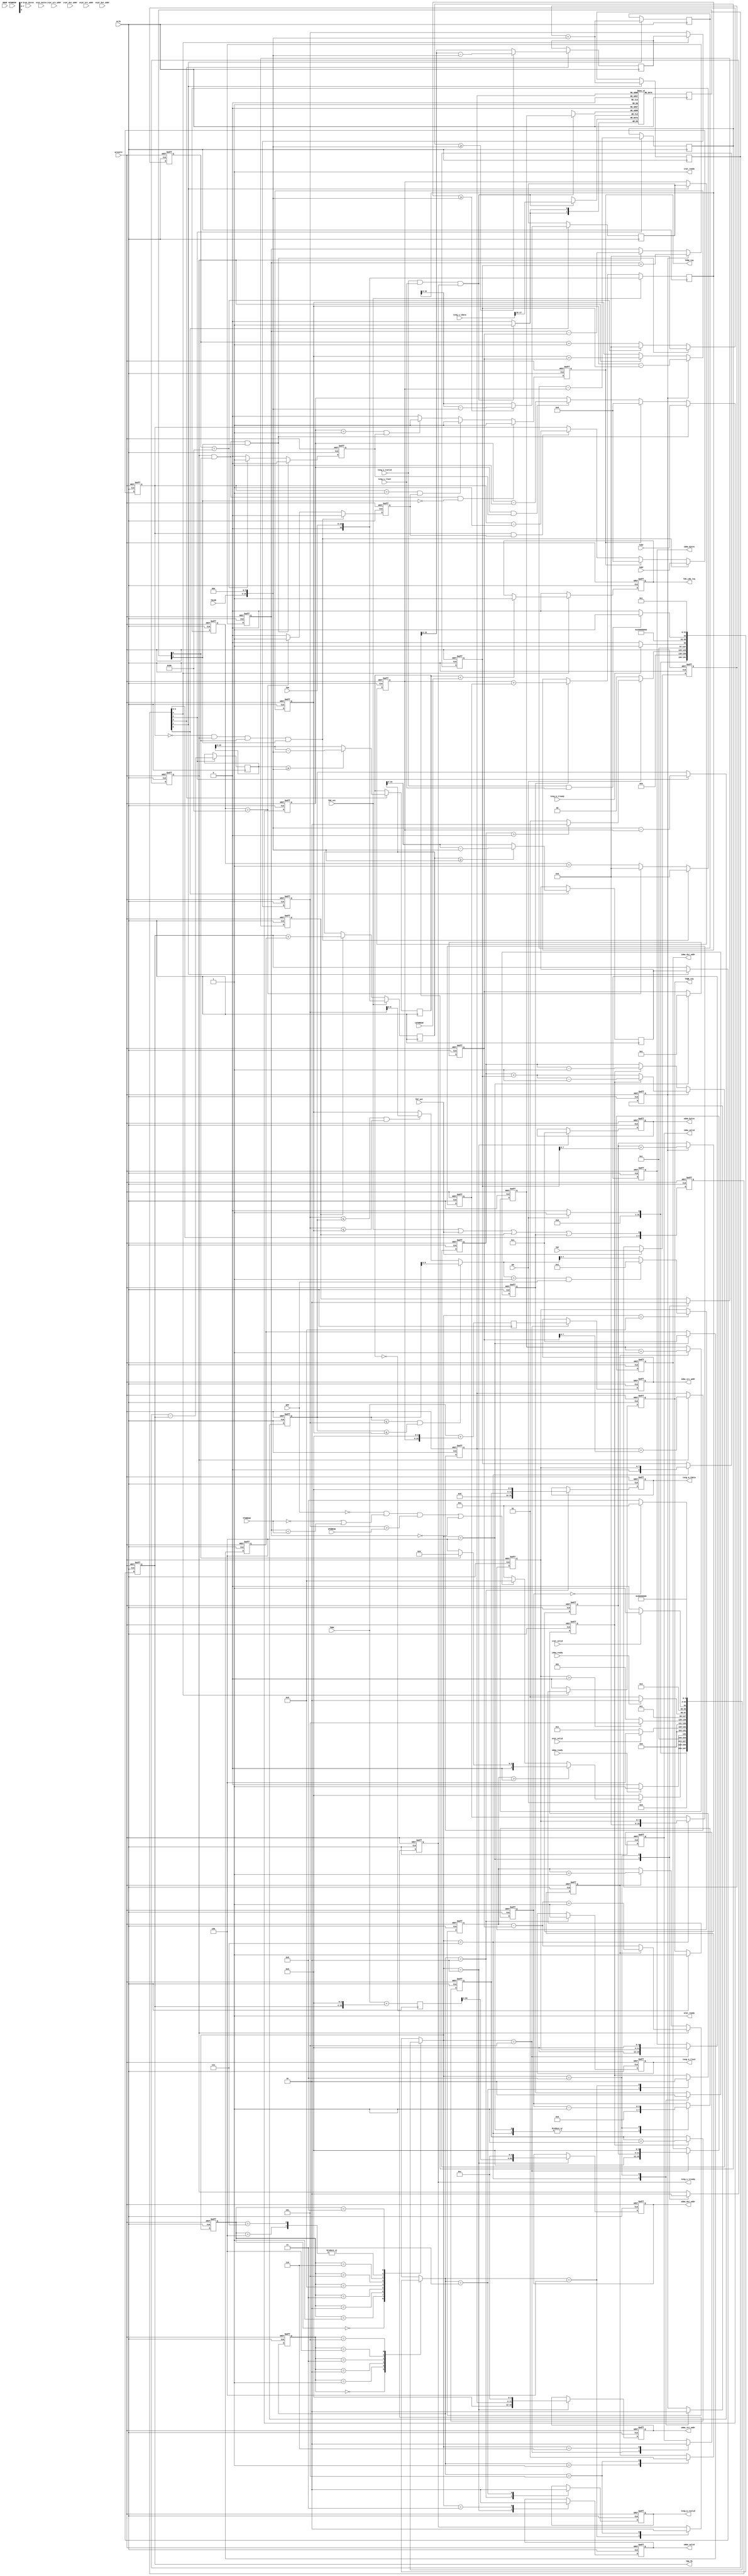
module tx_desc_ctrl(
	input aclk,
	input aresetn,

	// Parameters
	input EN, // Transmit Enable
	input [63:0] TDBA, // Transmit Descriptor Base Address
	input [12:0] TDLEN, // Transmit Descriptor Buffer length=TDLEN*16*8
	input [15:0] TDH, // Transmit Descriptor Head
	input TDH_set,
	output [15:0] TDH_fb,
	input [15:0] TDT, // Transmit Descriptor Tail
	input TDT_set,
	input [15:0] TIDV, // Interrupt Delay
	input DPP, // Disable Packet Prefetching
	input [5:0] PTHRESH, // Prefetch Threshold
	input [5:0] HTHRESH, // Host Threshold
	input [5:0] WTHRESH, // Write Back Threshold
	input GRAN, // Granularity. FIXME: not implemented
	input [5:0] LWTHRESH, // Tx Desc Low Threshold
	input [15:0] TADV, // Absolute Interrupt Delay
	output reg TXDW_req,
	output reg TXQE_req,
	output reg TXD_LOW_req,

	// Input DMA command port
	output reg [63:0] idma_src_addr,
	output reg [15:0] idma_dst_addr,
	output reg [15:0] idma_bytes,
	output reg idma_valid,
	input	idma_ready,

	// Input DMA report port
	input [63:0] irpt_src_addr,
	input [15:0] irpt_dst_addr,
	input [15:0] irpt_bytes,
	input irpt_valid,
	output irpt_ready,

	// Output DMA command port
	output reg [15:0] odma_src_addr,
	output reg [63:0] odma_dst_addr,
	output reg [15:0] odma_bytes,
	output reg odma_valid,
	input	odma_ready,

	// Output DMA report port
	input [15:0] orpt_src_addr,
	input [63:0] orpt_dst_addr,
	input [15:0] orpt_bytes,
	input orpt_valid,
	output orpt_ready,

	// tx engine command port
	// [31:16]=RSV, [15:0]=Local Address
	output reg [31:0] teng_m_tdata,
	output reg teng_m_tvalid,
	output reg teng_m_tlast,
	input teng_m_tready,

	// tx engine response port
	// [17]=IDE, [16]=RS, [15:0]=Local Address
	input [31:0] teng_s_tdata,
	input teng_s_tvalid,
	input teng_s_tlast,
	output reg teng_s_tready
);

parameter DESC_RAM_DWORDS = 1024;
parameter CLK_PERIOD_NS = 8;

function integer clogb2 (input integer size);
begin
	size = size - 1;
	for (clogb2=1; size>1; clogb2=clogb2+1)
		size = size >> 1;
end
endfunction

localparam CYCLES_1024NS = 1024/CLK_PERIOD_NS;
localparam DESC_MAX_NUM = DESC_RAM_DWORDS/4;
localparam DESC_NUM_BITS = clogb2(DESC_MAX_NUM);

// Flag memory for RS and IDE
reg [1:0] flag_mem[0:DESC_MAX_NUM-1];
reg [1:0] flag_current;
reg [3:0] delay_cnt;

wire flag_report_status;
wire flag_delay_interrupt;

// Host addresses
reg [63:0] host_wb_address;
reg [63:0] host_rd_address;

// Local addresses
wire [15:0] local_wb_address;
wire [15:0] local_rd_address;
wire [15:0] local_teng_address;

reg [7:0] fetch_num;
reg [8:0] fetch_num_s1;
reg [7:0] fetch_num_s2;
wire [11:0] fetch_bytes;

// Descriptor queues, first-in-first-out
// "tail" points to latest enqueued data
// "head" points to oldest data

// Host Queue
// Stores TX Descriptors in host memory
reg [15:0] host_head;
reg [15:0] host_curr;
reg [15:0] host_tail;
reg [15:0] host_pending;
reg [15:0] host_fresh;
reg [15:0] host_deq_incr;
reg host_dequeue;
reg [15:0] host_fwd_incr;
reg host_forward;
wire [15:0] host_length;
reg [15:0] host_limit;

// Input Queue
// Stores TX Descriptors in local memory but not submitted to TX engine
reg [DESC_NUM_BITS-1:0] in_head;
reg [DESC_NUM_BITS-1:0] in_tail;
reg [DESC_NUM_BITS:0] in_num;
reg [DESC_NUM_BITS:0] in_enq_incr;
reg in_enqueue;
reg in_dequeue;

// Output Queue
// Stores TX Descriptors in local memory that finished TX process
reg [DESC_NUM_BITS-1:0] out_head;
reg [DESC_NUM_BITS-1:0] out_tail;
reg [DESC_NUM_BITS:0] out_num;
reg [DESC_NUM_BITS:0] out_deq_incr;
reg out_enqueue;
reg out_dequeue;

// Overall local descriptors
reg [DESC_NUM_BITS:0] local_pending;
reg [DESC_NUM_BITS:0] local_available;

// Temporary variables for calculating host pointers
reg [4:0] host_calc_stage;
reg [16:0] host_head_n0;
reg [15:0] host_head_n1;
reg [16:0] host_curr_n0;
reg [15:0] host_curr_n1;
reg [16:0] host_pending_n0;
reg [16:0] host_pending_n1;
reg [15:0] host_pending_n2;
reg [16:0] host_fresh_n0;
reg [16:0] host_fresh_n1;
reg [15:0] host_fresh_n2;

// timers
reg [7:0] delay_prescale;
reg delay_tick;
reg [15:0] delay_timer;

reg [7:0] absolute_prescale;
reg absolute_tick;
reg [15:0] absolute_timer;

integer s1, s1_next;
integer s2, s2_next;

localparam S1_IDLE=0, S1_READY=1, S1_WRITE_BACK_0=2, S1_WRITE_BACK_ACK=3, 
	S1_DEQUEUE=4, S1_FETCH_0=5, S1_FETCH_ACK=6, S1_ENQUQUE=7, S1_DELAY=8,
	S1_SET_SIZE=9;

localparam S2_IDLE=0, S2_READY=1, S2_CMD=2, S2_DEQUEUE=3, S2_ACK=4, S2_ENQUEUE=5;

always @(posedge aclk)
	flag_current <= flag_mem[out_head];

assign flag_report_status = flag_current[0];
assign flag_delay_interrupt = flag_current[1];
assign fetch_bytes = {fetch_num,4'h0};


assign local_wb_address = {16'b0, out_head, 4'b0};
assign local_rd_address = {16'b0, in_tail, 4'b0};
assign local_teng_address = {16'b0, in_head, 4'b0};

assign host_length = {TDLEN, 3'b0};

assign irpt_ready = 1'b1;
assign orpt_ready = 1'b1;

always @(posedge aclk)
begin
	if(teng_s_tvalid && teng_s_tlast && teng_s_tready)
		flag_mem[out_tail] <= teng_s_tdata[17:16];
end

always @(posedge aclk, negedge aresetn)
begin
	if(!aresetn) begin
		host_calc_stage <= 'b0;
	end
	else begin
		host_calc_stage <= {host_calc_stage,(TDH_set|TDT_set|host_dequeue|host_forward)};
	end
end

always @(posedge aclk)
begin
	if(TDH_set) begin
		host_head_n0 <= TDH;
	end
	else if(host_dequeue) begin
		host_head_n0 <= host_head + host_deq_incr;
	end

	if(host_calc_stage[0]) begin
		if(host_head_n0 >= host_length)
			host_head_n1 <= host_head_n0 - host_length;
		else
			host_head_n1 <= host_head_n0;
	end
end

always @(posedge aclk, negedge aresetn)
begin
	if(!aresetn) begin
		host_head <= 'b0;
	end
	else if(host_calc_stage[1]) begin
		host_head <= host_head_n1;
	end
end
assign TDH_fb = host_head;

always @(posedge aclk)
begin
	if(TDH_set) begin
		host_curr_n0 <= TDH;
	end
	else if(host_forward) begin
		host_curr_n0 <= host_curr + host_fwd_incr;
	end

	if(host_calc_stage[0]) begin
		if(host_curr_n0 >= host_length)
			host_curr_n1 <= host_curr_n0 - host_length;
		else
			host_curr_n1 <= host_curr_n0;
	end
end

always @(posedge aclk, negedge aresetn)
begin
	if(!aresetn) begin
		host_curr <= 'b0;
	end
	else if(host_calc_stage[1]) begin
		host_curr <= host_curr_n1;
	end
end

always @(posedge aclk, negedge aresetn)
begin
	if(!aresetn) begin
		host_tail <= 'b0;
	end
	else if(TDT_set) begin
		host_tail <= TDT;
	end
end

always @(posedge aclk)
begin
	if(host_calc_stage[1]) begin
		host_pending_n0 <= host_tail + host_length;
	end

	if(host_calc_stage[2]) begin
		host_pending_n1 <= host_pending_n0 - host_head;
	end

	if(host_calc_stage[3]) begin
		if(host_pending_n1 >= host_length)
			host_pending_n2 <= host_pending_n1 - host_length;
		else
			host_pending_n2 <= host_pending_n1;
	end
end

always @(posedge aclk, negedge aresetn)
begin
	if(!aresetn) begin
		host_pending <= 'b0;
	end
	else if(host_calc_stage[4]) begin
		host_pending <= host_pending_n2;
	end
end

always @(posedge aclk)
begin
	if(host_calc_stage[1]) begin
		host_fresh_n0 <= host_tail + host_length;
	end

	if(host_calc_stage[2]) begin
		host_fresh_n1 <= host_fresh_n0 - host_curr;
	end

	if(host_calc_stage[3]) begin
		if(host_fresh_n1 >= host_length)
			host_fresh_n2 <= host_fresh_n1 - host_length;
		else
			host_fresh_n2 <= host_fresh_n1;
	end
end

always @(posedge aclk, negedge aresetn)
begin
	if(!aresetn) begin
		host_fresh <= 'b0;
	end
	else if(host_calc_stage[4]) begin
		host_fresh <= host_fresh_n2;
	end
end

always @(posedge aclk, negedge aresetn)
begin
	if(!aresetn) begin
		host_limit <= 'b0;
	end
	else if(host_calc_stage[2]) begin
		host_limit <= host_length - host_curr;
	end
end

always @(posedge aclk, negedge aresetn)
begin
	if(!aresetn) begin
		in_tail <= 'b0;
	end
	else if(in_enqueue) begin
		in_tail <= in_tail + in_enq_incr;
	end
end

always @(posedge aclk, negedge aresetn)
begin
	if(!aresetn) begin
		in_head <= 'b0;
	end
	else if(in_dequeue) begin
		in_head <= in_head + 1;
	end
end

always @(posedge aclk, negedge aresetn)
begin
	if(!aresetn) begin
		in_num <= 0;
	end
	else if(in_enqueue) begin
		if(in_dequeue) 
			in_num <= in_num + in_enq_incr - 1;
		else
			in_num <= in_num + in_enq_incr;
	end
	else if(in_dequeue) begin
		in_num <= in_num-1;
	end
end

always @(posedge aclk, negedge aresetn)
begin
	if(!aresetn) begin
		out_tail <= 'b0;
	end
	else if(out_enqueue) begin
		out_tail <= out_tail + 1;
	end
end

always @(posedge aclk, negedge aresetn)
begin
	if(!aresetn) begin
		out_head <= 'b0;
	end
	else if(out_dequeue) begin
		out_head <= out_head + out_deq_incr;
	end
end

always @(posedge aclk, negedge aresetn)
begin
	if(!aresetn) begin
		out_num <= 0;
	end
	else if(out_dequeue) begin
		if(out_enqueue) 
			out_num <= out_num - out_deq_incr + 1;
		else
			out_num <= out_num - out_deq_incr;
	end
	else if(out_enqueue) begin
		out_num <= out_num+1;
	end
end

always @(posedge aclk, negedge aresetn)
begin
	if(!aresetn) begin
		local_pending <= 0;
		local_available <= DESC_MAX_NUM;
	end
	else if(in_enqueue) begin
		local_pending <= local_pending+in_enq_incr;
		local_available <= local_available-in_enq_incr;
	end
	else if(out_dequeue) begin
		local_pending <= local_pending-out_deq_incr;
		local_available <= local_available+out_deq_incr;
	end
end

always @(posedge aclk, negedge aresetn)
begin
	if(!aresetn) begin
		delay_prescale <= 'b0;
		delay_tick <= 1'b0;
	end
	else if(out_dequeue && flag_report_status && flag_delay_interrupt) begin
		delay_prescale <= 'b0;
		delay_tick <= 1'b0;
	end
	else if(delay_prescale==CYCLES_1024NS) begin
		delay_prescale <= 'b0;
		delay_tick <= 1'b1;
	end
	else begin
		delay_prescale <= delay_prescale+1;
		delay_tick <= 1'b0;
	end
end

// Delayed interrupt timer 
always @(posedge aclk, negedge aresetn)
begin
	if(!aresetn) begin
		delay_timer <= 0;
	end
	else if(out_dequeue && flag_report_status && flag_delay_interrupt) begin
		// reload timer each write-back
		delay_timer <= TIDV;
	end
	else if(TXDW_req) begin
		// If interrupt trigered, clear timer to avoid redundant interrupt
		delay_timer <= 0;
	end
	else if(delay_timer && delay_tick) begin
		delay_timer <= delay_timer-1;
	end
end

always @(posedge aclk, negedge aresetn)
begin
	if(!aresetn) begin
		absolute_prescale <= 'b0;
		absolute_tick <= 1'b0;
	end
	else if(absolute_timer==0 && out_dequeue && flag_report_status && 
		flag_delay_interrupt) begin
		absolute_prescale <= 'b0;
		absolute_tick <= 1'b0;
	end
	else if(absolute_prescale==CYCLES_1024NS) begin
		absolute_prescale <= 'b0;
		absolute_tick <= 1'b1;
	end
	else begin
		absolute_prescale <= absolute_prescale+1;
		absolute_tick <= 1'b0;
	end
end

// Absolute interrupt timer
always @(posedge aclk, negedge aresetn)
begin
	if(!aresetn) begin
		absolute_timer <= 0;
	end
	else if(absolute_timer==0 && out_dequeue && flag_report_status && 
		flag_delay_interrupt) begin
		// reload timer on first write-back
		absolute_timer <= TADV;
	end
	else if(TXDW_req) begin
		// If interrupt trigered, clear timer to avoid redundant interrupt
		absolute_timer <= 0;
	end
	else if(absolute_timer && absolute_tick) begin
		absolute_timer <= absolute_timer-1;
	end
end

// Write-back interrupt
always @(posedge aclk, negedge aresetn)
begin
	if(!aresetn) begin
		TXDW_req <= 1'b0;
	end
	else if(out_dequeue && flag_report_status && !flag_delay_interrupt) begin
		// immedieate interrupt
		TXDW_req <= 1'b1;
	end
	else if(absolute_timer==1 && absolute_tick) begin
		// Absolute timer expired
		TXDW_req <= 1'b1;
	end
	else if(delay_timer==1 && delay_tick) begin
		// Delay timer expired
		TXDW_req <= 1'b1;
	end
	else begin
		TXDW_req <= 1'b0;
	end
end

// TXD queue interrupt
always @(posedge aclk, negedge aresetn)
begin
	if(!aresetn) begin
		TXQE_req <= 1'b0;
		TXD_LOW_req <= 1'b0;
	end
	else if(host_calc_stage[4]) begin
		if(host_pending_n2 == 0)
			TXQE_req <= 1'b1;
		if(host_pending_n2 < LWTHRESH) 
			TXD_LOW_req <= 1'b1;
	end
	else begin
		TXQE_req <= 1'b0;
		TXD_LOW_req <= 1'b0;
	end
end

/*
always @(posedge aclk, negedge aresetn)
begin
	if(!aresetn) begin
		TXQE_req <= 1'b0;
		TXD_LOW_req <= 1'b0;
	end
	else if(!(|host_calc_stage)) begin
		if(host_pending == 0)
			TXQE_req <= 1'b1;
		if(host_pending < LWTHRESH) 
			TXD_LOW_req <= 1'b1;
	end
	else begin
		TXQE_req <= 1'b0;
		TXD_LOW_req <= 1'b0;
	end
end
*/

always @(posedge aclk)
begin
	host_wb_address <= TDBA + {host_head,4'b0};
	host_rd_address <= TDBA + {host_curr,4'b0};
end

always @(*)
begin
	// Choose smallest among host_limit, host_fresh and local_available
	if(host_limit <= host_fresh && host_limit <= local_available)
		fetch_num_s1 = host_limit;
	else if(host_fresh <= host_limit && host_fresh <= local_available)
		fetch_num_s1 = host_fresh;
	else
		fetch_num_s1 = local_available;

	if(fetch_num_s1 > 1 && DPP)
		fetch_num_s2 = 1;
	else 
		fetch_num_s2 = fetch_num_s1;
end

// iDMA Command Dispatch
// Host-to-Local: if (in_num < PTHRESH && host_fresh> HTHRESH) ||
//     (DPP && local_pending == 0 && host_fresh> 0)
// Local-to-Host: if wb_num > WTHRESH || (flush_timer > TIDV && wb_num >0)

always @(posedge aclk, negedge aresetn)
begin
	if(!aresetn)
		s1 <= S1_IDLE;
	else
		s1 <= s1_next;
end

always @(*)
begin
	case(s1)
		S1_IDLE: begin
			if(EN)
				s1_next = S1_READY;
			else
				s1_next = S1_IDLE;
		end
		S1_READY: begin
			if(!EN)
				s1_next = S1_IDLE;
			else if(out_num>0)
				if(flag_report_status)
					// Dequeue and write back
					s1_next = S1_WRITE_BACK_0;
				else 
					// Dequeue no report
					s1_next = S1_DEQUEUE;
			else if((!DPP && (PTHRESH==0 || local_pending < PTHRESH) && 
					host_fresh > HTHRESH) ||
				(local_pending == 0))
				s1_next = S1_SET_SIZE;
			else
				s1_next = S1_READY;
		end
		S1_WRITE_BACK_0: begin // issue write-back DMA command
			if(odma_ready)
				s1_next = S1_WRITE_BACK_ACK;
			else
				s1_next = S1_WRITE_BACK_0;
		end
		S1_WRITE_BACK_ACK: begin
			if(orpt_valid)
				s1_next = S1_DEQUEUE;
			else
				s1_next = S1_WRITE_BACK_ACK;
		end
		S1_DEQUEUE: begin // Dequeue Descriptor
			s1_next = S1_DELAY;
		end
		S1_SET_SIZE: begin
			if(fetch_num>0)
				s1_next = S1_FETCH_0;
			else
				s1_next = S1_READY;
		end
		S1_FETCH_0: begin // Issue fetch DMA command
			if(idma_ready)
				s1_next = S1_FETCH_ACK;
			else
				s1_next = S1_FETCH_0;
		end
		S1_FETCH_ACK: begin
			if(irpt_valid && irpt_ready)
				s1_next = S1_ENQUQUE;
			else
				s1_next = S1_FETCH_ACK;
		end
		S1_ENQUQUE: begin // Enqueue Descriptor
			s1_next = S1_DELAY;
		end
		S1_DELAY: begin // Wait for pointers to update
			if(delay_cnt==0)
				s1_next = S1_READY;
			else
				s1_next = S1_DELAY;
		end
		default: begin
			s1_next = 'bx;
		end
	endcase
end

always @(posedge aclk, negedge aresetn)
begin
	if(!aresetn) begin
		idma_src_addr <= 'bx;
		idma_dst_addr <= 'bx;
		idma_bytes <= 'bx;
		idma_valid <= 1'b0;

		odma_src_addr <= 'bx;
		odma_dst_addr <= 'bx;
		odma_bytes <= 'bx;
		odma_valid <= 1'b0;

		host_dequeue <= 1'b0;
		host_deq_incr <= 1'b1;

		host_forward <= 1'b0;
		host_fwd_incr <= 'bx;

		out_dequeue <= 1'b0;
		out_deq_incr <= 1'b1;

		in_enqueue <= 1'b0;
		in_enq_incr <= 'bx;

		delay_cnt <= 'bx;
		fetch_num <= 'bx;
	end
	else case(s1_next)
		S1_IDLE: begin
		end
		S1_READY: begin
		end
		S1_WRITE_BACK_0: begin
			// iDMA Command
			// Only STA byte is updated
			odma_src_addr <= {local_wb_address[15:4],4'hC};
			odma_dst_addr <= {host_wb_address[63:4],4'hC};
			odma_bytes <= 1;
			odma_valid <= 1'b1;
		end
		S1_WRITE_BACK_ACK: begin
			odma_valid <= 1'b0;
		end
		S1_DEQUEUE: begin
			host_dequeue <= 1'b1;
			host_deq_incr <= 1'b1;
			out_dequeue <= 1'b1;
			out_deq_incr <= 1'b1;
			delay_cnt <= 5;
		end
		S1_SET_SIZE: begin
			fetch_num <= fetch_num_s2;
		end
		S1_FETCH_0: begin
			idma_src_addr <= host_rd_address;
			idma_dst_addr <= local_rd_address;
			idma_bytes <= fetch_bytes;
			idma_valid <= 1'b1;
		end
		S1_FETCH_ACK: begin
			idma_valid <= 1'b0;
		end
		S1_ENQUQUE: begin
			in_enqueue <= 1'b1;
			in_enq_incr <= fetch_num;
			host_forward <= 1'b1;
			host_fwd_incr <= fetch_num;
			delay_cnt <= 5;
		end
		S1_DELAY: begin
			in_enqueue <= 1'b0;
			host_forward <= 1'b0;
			out_dequeue <= 1'b0;
			host_dequeue <= 1'b0;
			delay_cnt <= delay_cnt-1;
		end
	endcase
end

// TX engine command dispatch

always @(posedge aclk, negedge aresetn)
begin
	if(!aresetn)
		s2 <= S2_IDLE;
	else
		s2 <= s2_next;
end

always @(*)
begin
	case(s2)
		S2_IDLE: begin
			if(EN)
				s2_next = S2_READY;
			else
				s2_next = S2_IDLE;
		end
		S2_READY: begin
			if(!EN)
				s2_next = S2_IDLE;
			else if(in_num>0)
				s2_next = S2_CMD;
			else
				s2_next = S2_READY;
		end
		S2_CMD: begin
			if(teng_m_tready)
				s2_next = S2_DEQUEUE;
			else
				s2_next = S2_CMD;
		end
		S2_DEQUEUE: begin
			s2_next = S2_ACK;
		end
		S2_ACK: begin
			if(teng_s_tvalid & teng_s_tlast)
				s2_next = S2_ENQUEUE;
			else
				s2_next = S2_ACK;
		end
		S2_ENQUEUE: begin
			s2_next = S2_READY;
		end
		default: begin
			s2_next = 'bx;
		end
	endcase
end

always @(posedge aclk, negedge aresetn)
begin
	if(!aresetn) begin
		in_dequeue <= 1'b0;
		out_enqueue <= 1'b0;
		teng_m_tdata <= 'bx;
		teng_m_tvalid <= 1'b0;
		teng_m_tlast <= 'b1;
		teng_s_tready <= 1'b0;
	end
	else case(s2_next)
		S2_IDLE: begin
		end
		S2_READY: begin
			out_enqueue <= 1'b0;
		end
		S2_CMD: begin
			teng_m_tdata <= {16'b0,local_teng_address};
			teng_m_tvalid <= 1'b1;
			teng_m_tlast <= 1'b1;
		end
		S2_DEQUEUE: begin
			teng_m_tvalid <= 1'b0;
			in_dequeue <= 1'b1;
		end
		S2_ACK: begin
			in_dequeue <= 1'b0;
			teng_s_tready <= 1'b1;
		end
		S2_ENQUEUE: begin
			teng_s_tready <= 1'b0;
			out_enqueue <= 1'b1;
		end
	endcase
end

endmodule